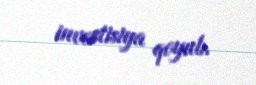
investisiya qoyub.